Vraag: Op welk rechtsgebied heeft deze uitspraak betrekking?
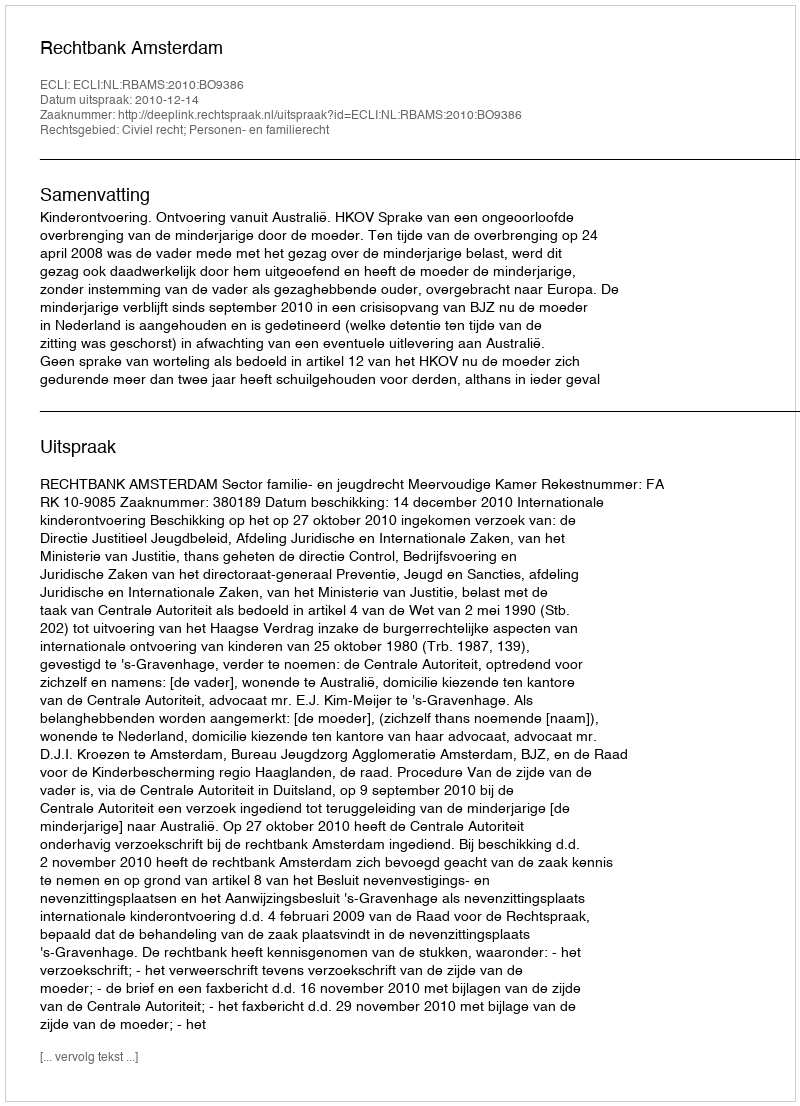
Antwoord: Civiel recht; Personen- en familierecht